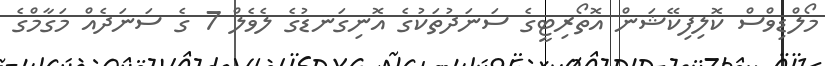
މޯލްޑިވްސް ކޮލިފިކޭޝަން އޮތޯރިޓީގެ ސަނަދުތަކުގެ އޮނިގަނޑުގެ ލެވެލް 7 ގެ ސަނަދެއް މަގާމްގެ